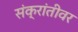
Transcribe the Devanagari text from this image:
संक्रांतीवर